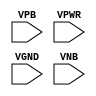
module sky130_fd_sc_ms__fill (
    //# {{power|Power}}
    input VPB ,
    input VPWR,
    input VGND,
    input VNB
);
endmodule